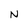
Character: N